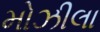
મોઝીલા